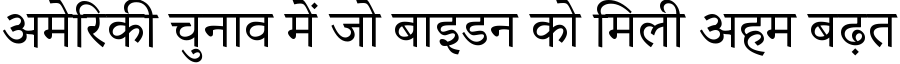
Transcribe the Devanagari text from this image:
अमेरिकी चुनाव में जो बाइडन को मिली अहम बढ़त